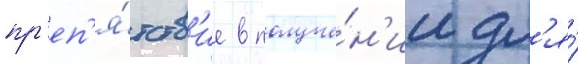
пр'еп'я́тств'ие в получе́н'ии дл'я́